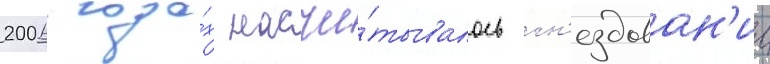
2006 года́х насчи́тывалось гн'ездован'ие